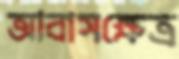
আবাসক্ষেত্র